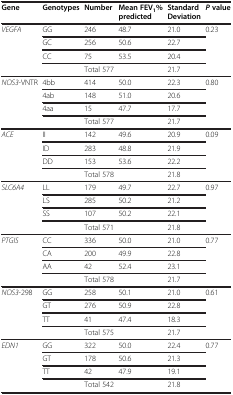
<table><thead><tr><td><b>Gene</b></td><td><b>Genotypes</b></td><td><b>Number</b></td><td><b>Mean FEV<sub>1</sub>% predicted</b></td><td><b>StandardDeviation</b></td><td><b><i>P</i>value</b></td></tr></thead><tbody><tr><td><i>VEGFA</i></td><td>GG</td><td>246</td><td>48.7</td><td>21.0</td><td>0.23</td></tr><tr><td> </td><td>GC</td><td>256</td><td>50.6</td><td>22.7</td><td> </td></tr><tr><td> </td><td>CC</td><td>75</td><td>53.5</td><td>20.4</td><td> </td></tr><tr><td> </td><td> </td><td>Total 577</td><td> </td><td>21.7</td><td> </td></tr><tr><td><i>NOS3</i>-VNTR</td><td>4bb</td><td>414</td><td>50.0</td><td>22.3</td><td>0.80</td></tr><tr><td> </td><td>4ab</td><td>148</td><td>51.0</td><td>20.6</td><td> </td></tr><tr><td> </td><td>4aa</td><td>15</td><td>47.7</td><td>17.7</td><td> </td></tr><tr><td> </td><td> </td><td>Total 577</td><td> </td><td>21.7</td><td> </td></tr><tr><td><i>ACE</i></td><td>II</td><td>142</td><td>49.6</td><td>20.9</td><td>0.09</td></tr><tr><td> </td><td>ID</td><td>283</td><td>48.8</td><td>21.9</td><td> </td></tr><tr><td> </td><td>DD</td><td>153</td><td>53.6</td><td>22.2</td><td> </td></tr><tr><td> </td><td> </td><td>Total 578</td><td> </td><td>21.8</td><td> </td></tr><tr><td><i>SLC6A4</i></td><td>LL</td><td>179</td><td>49.7</td><td>22.7</td><td>0.97</td></tr><tr><td> </td><td>LS</td><td>285</td><td>50.2</td><td>21.2</td><td> </td></tr><tr><td> </td><td>SS</td><td>107</td><td>50.2</td><td>22.1</td><td> </td></tr><tr><td> </td><td> </td><td>Total 571</td><td> </td><td>21.8</td><td> </td></tr><tr><td><i>PTGIS</i></td><td>CC</td><td>336</td><td>50.0</td><td>21.0</td><td>0.77</td></tr><tr><td> </td><td>CA</td><td>200</td><td>49.9</td><td>22.8</td><td> </td></tr><tr><td> </td><td>AA</td><td>42</td><td>52.4</td><td>23.1</td><td> </td></tr><tr><td> </td><td> </td><td>Total 578</td><td> </td><td>21.7</td><td> </td></tr><tr><td><i>NOS3</i>-298</td><td>GG</td><td>258</td><td>50.1</td><td>21.0</td><td>0.61</td></tr><tr><td> </td><td>GT</td><td>276</td><td>50.9</td><td>22.8</td><td> </td></tr><tr><td> </td><td>TT</td><td>41</td><td>47.4</td><td>18.3</td><td> </td></tr><tr><td> </td><td> </td><td>Total 575</td><td> </td><td>21.7</td><td> </td></tr><tr><td><i>EDN1</i></td><td>GG</td><td>322</td><td>50.0</td><td>22.4</td><td>0.77</td></tr><tr><td> </td><td>GT</td><td>178</td><td>50.6</td><td>21.3</td><td> </td></tr><tr><td> </td><td>TT</td><td>42</td><td>47.9</td><td>19.1</td><td> </td></tr><tr><td> </td><td> </td><td>Total 542</td><td> </td><td>21.8</td><td> </td></tr></tbody></table>